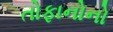
તોફાનોનો